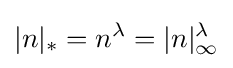
|n|_{*}=n^{\lambda }=|n|_{\infty }^{\lambda }